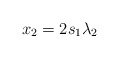
\begin{align*}\begin{aligned}x_2& = 2s_1 \lambda_2 \\\end{aligned}\end{align*}